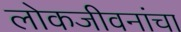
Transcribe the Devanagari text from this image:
लोकजीवनांचा